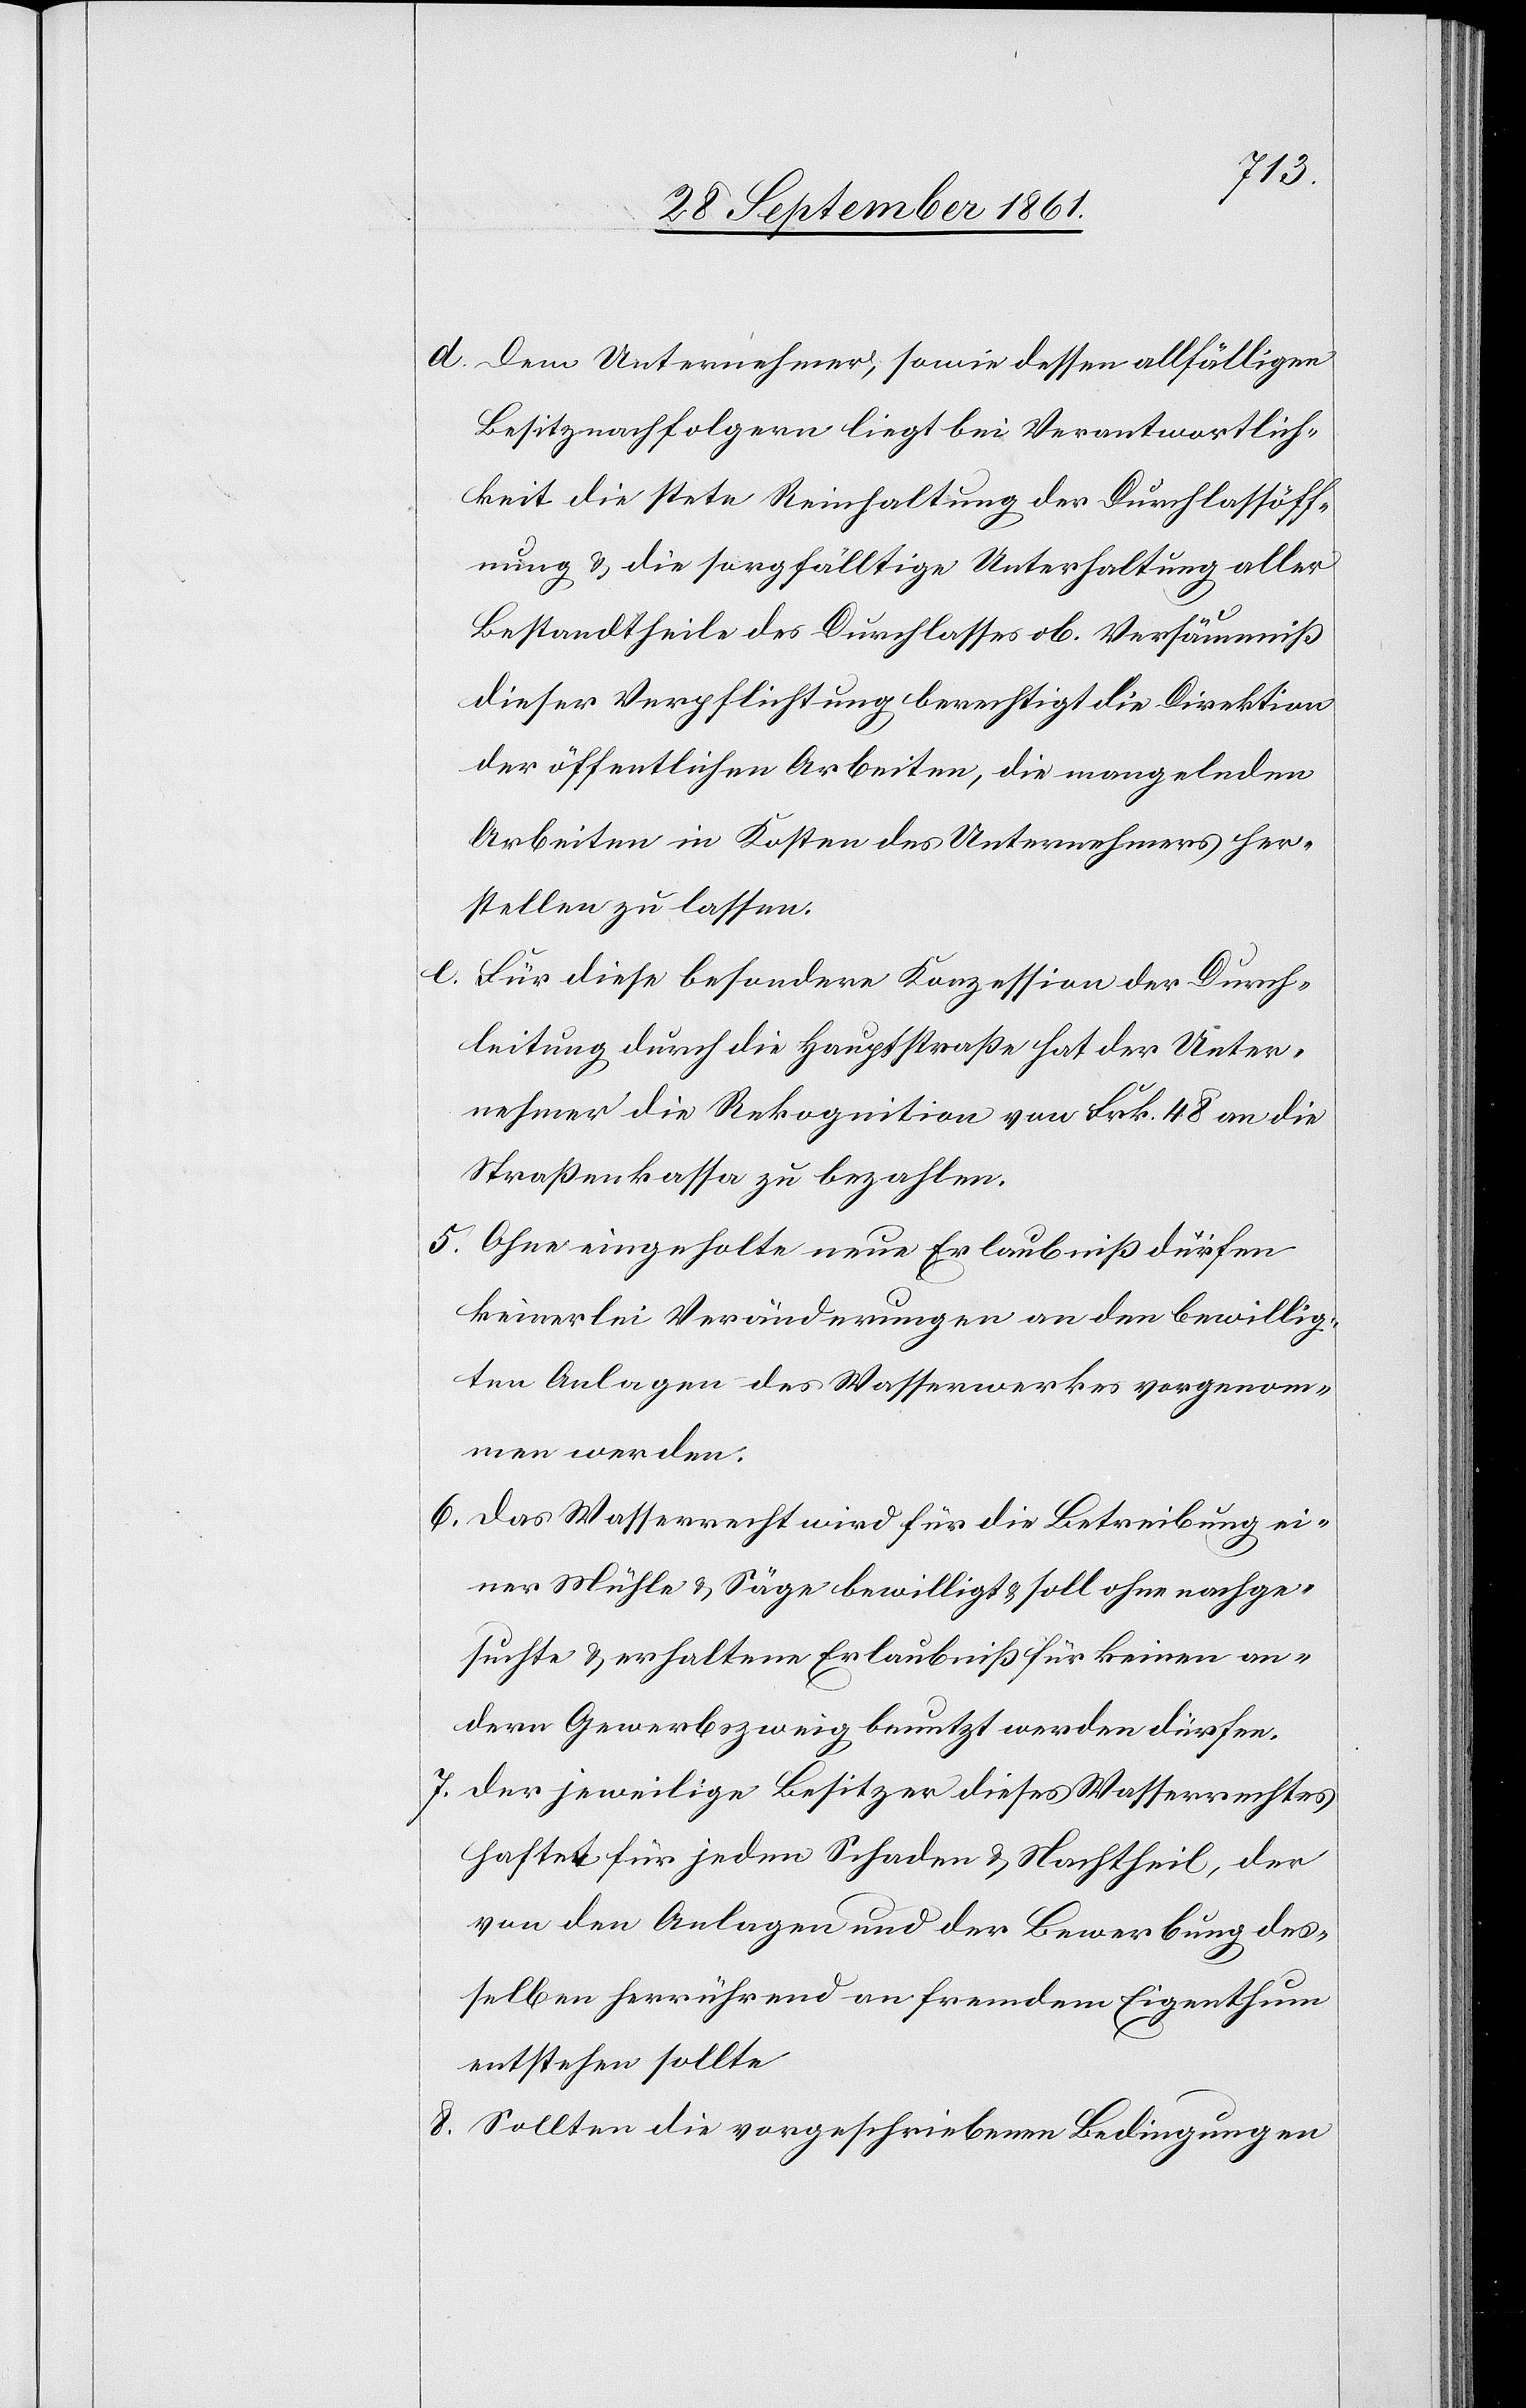
d. Dem Unternehmer, sowie dessen allfälligen
Besitznachfolgern liegt bei Verantwortlich¬
keit die stete Reinhaltung der Durchlassöff¬
nung u. die sorgfältige Unterhaltung aller
Bestandtheile des Durchlasses ob. Versäumniß
dieser Verpflichtung berechtigt die Direktion
der öffentlichen Arbeiten, die mangelnden
Arbeiten in Kosten des Unternehmers her¬
stellen zu lassen.
e. Für diese besondere Konzession der Durch¬
leitung durch die Hauptstraße hat der Unter¬
nehmer die Rekognition von Frk. 48 an die
Straßenkasse zu bezahlen.
5. Ohne eingeholte neue Erlaubniß dürfen
keinerlei Veränderung an den bewillig¬
ten Anlagen des Wasserwerkes vorgenom¬
men werden.
6. Das Wasserrecht wird für die Betreibung ei¬
ner Mühle u. Säge bewilligt u. soll ohne nachge¬
suchte u. erhaltene Erlaubniß für keinen an¬
dern Gewerbszweig benutzt werden dürfen.
7. Der jeweilige Besitzer dieses Wasserrechtes
haftet für jeden Schaden u. Nachtheil, der
von den Anlagen und der Bewerbung des¬
selben herrührend an fremdem Eigenthum
entstehen sollte.
8. Sollten die vorgeschriebenen Bedingungen